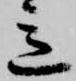
意